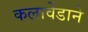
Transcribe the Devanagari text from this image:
कलावेडाने